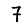
Digit: 7